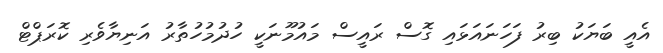
އެއީ ބަޔަކު ބިރު ފަހަނައަޅައި ގޮސް ރައީސް މައުމޫނަކީ ހުދުމުހުތާރު އަނިޔާވެރި ކޮރަޕްޓް